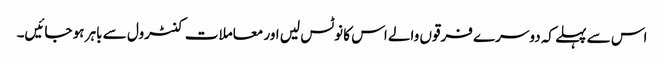
اس سے پہلے کہ دوسرے فرقوں والے اس کا نوٹس لیں اور معاملات کنٹرول سے باہر ہو جائیں۔